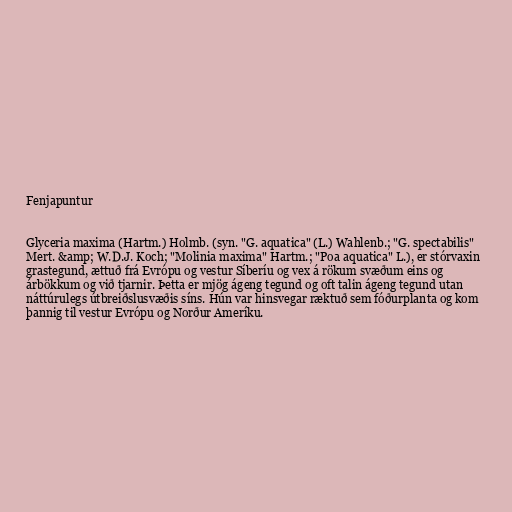
Fenjapuntur

Glyceria maxima (Hartm.) Holmb. (syn. "G. aquatica" (L.) Wahlenb.; "G. spectabilis"
Mert. &amp; W.D.J. Koch; "Molinia maxima" Hartm.; "Poa aquatica" L.), er stórvaxin
grastegund, ættuð frá Evrópu og vestur Síberíu og vex á rökum svæðum eins og
árbökkum og við tjarnir. Þetta er mjög ágeng tegund og oft talin ágeng tegund utan
náttúrulegs útbreiðslusvæðis síns. Hún var hinsvegar ræktuð sem fóðurplanta og kom
þannig til vestur Evrópu og Norður Ameríku.